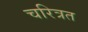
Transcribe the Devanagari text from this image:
चरित्रत